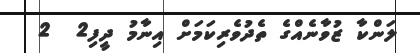
ލަންކާ ޒުވާނެއްގެ ތެދުވެރިކަމަށް އިނާމު ދީފި2  2